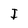
Character: I